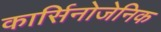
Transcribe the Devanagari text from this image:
कार्सिनोजेनिक